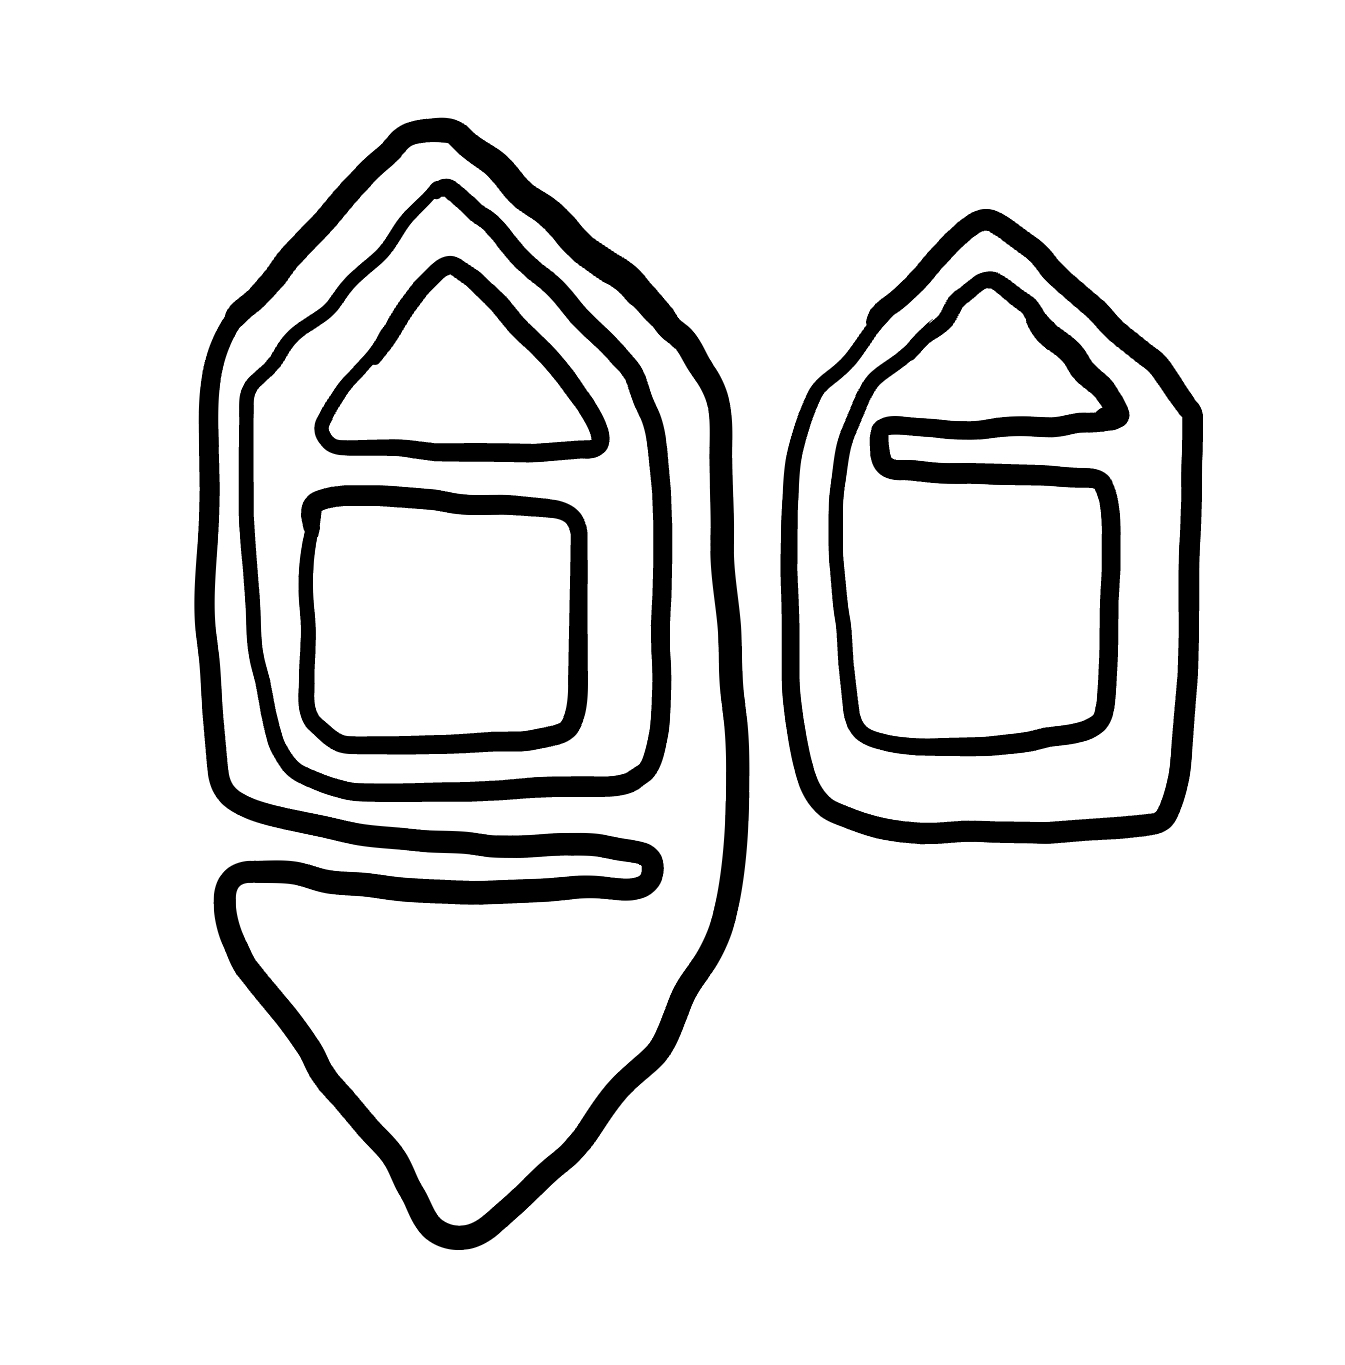
Number of regions (including the outer root region): 7
Containment tree edges (parent, child): 0, 1, 0, 3, 1, 2, 3, 4, 4, 5, 4, 6